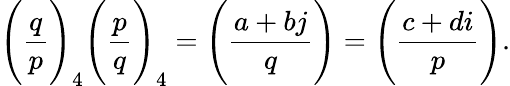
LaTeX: {\Bigg(}{\frac{q}{p}}{\Bigg)}_{4}{\Bigg(}{\frac{p}{q}}{\Bigg)}_{4}={\Bigg(}{\frac{a+bj}{q}}{\Bigg)}={\Bigg(}{\frac{c+di}{p}}{\Bigg)}.